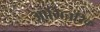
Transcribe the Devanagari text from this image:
आभिचरिक